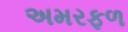
અમરફળ